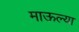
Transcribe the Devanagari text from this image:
माऊल्या